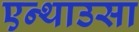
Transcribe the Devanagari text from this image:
एन्थाउसा